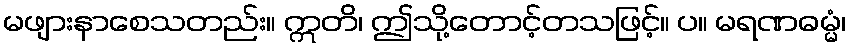
မဖျားနာစေသတည်း။ ဣတိ၊ ဤသို့တောင့်တသဖြင့်။ ပ။ မရဏဓမ္မံ၊